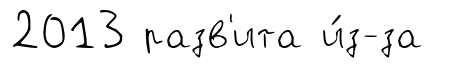
2013 разв'ита и́з-за